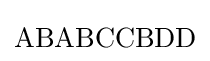
\mathrm {ABABCCBDD}